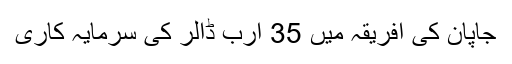
جاپان کی افریقہ میں 35 ارب ڈالر کی سرمایہ کاری